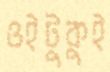
ওইটুকুই